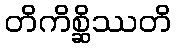
တိကိစ္ဆိဿတိ